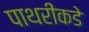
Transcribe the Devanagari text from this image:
पाथरीकडे